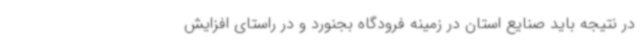
در نتیجه باید صنایع استان در زمینه فرودگاه بجنورد و در راستای افزایش